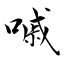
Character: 嘁